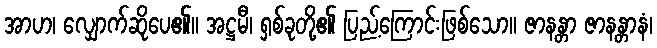
အာဟ၊ လျှောက်ဆိုပေ၏။ အဋ္ဌမီ၊ ရှစ်ခုတို့၏ ပြည့်ကြောင်းဖြစ်သော။ ဇာနန္တာ ဇာနန္တာနံ၊